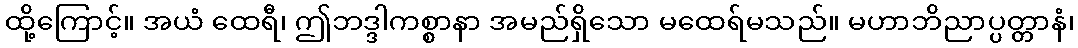
ထို့ကြောင့်။ အယံ ထေရီ၊ ဤဘဒ္ဒါကစ္စာနာ အမည်ရှိသော မထေရ်မသည်။ မဟာဘိညာပ္ပတ္တာနံ၊